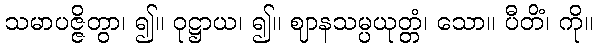
သမာပဇ္ဇိတွာ၊ ၍။ ဝုဋ္ဌာယ၊ ၍။ ဈာနသမ္ပယုတ္တံ၊ သော။ ပီတိံ၊ ကို။